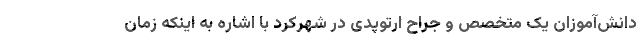
دانش‌آموزان یک متخصص و جراح ارتوپدی در شهرکرد با اشاره به اینکه زمان